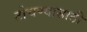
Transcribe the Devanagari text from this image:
टोचण्यासाठी